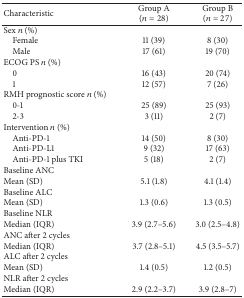
<table><thead><tr><td><b>Characteristic</b></td><td><b>Group A (<i>n</i> = 28)</b></td><td><b>Group B (<i>n</i> = 27)</b></td></tr></thead><tbody><tr><td>Sex <i>n</i> (%)</td><td> </td><td> </td></tr><tr><td> Female</td><td>11 (39)</td><td>8 (30)</td></tr><tr><td> Male</td><td>17 (61)</td><td>19 (70)</td></tr><tr><td>ECOG PS <i>n</i> (%)</td><td> </td><td> </td></tr><tr><td> 0</td><td>16 (43)</td><td>20 (74)</td></tr><tr><td> 1</td><td>12 (57)</td><td>7 (26)</td></tr><tr><td>RMH prognostic score <i>n</i> (%)</td><td> </td><td> </td></tr><tr><td> 0-1</td><td>25 (89)</td><td>25 (93)</td></tr><tr><td> 2-3</td><td>3 (11)</td><td>2 (7)</td></tr><tr><td>Intervention <i>n</i> (%)</td><td> </td><td> </td></tr><tr><td> Anti-PD-1</td><td>14 (50)</td><td>8 (30)</td></tr><tr><td> Anti-PD-L1</td><td>9 (32)</td><td>17 (63)</td></tr><tr><td> Anti-PD-1 plus TKI</td><td>5 (18)</td><td>2 (7)</td></tr><tr><td>Baseline ANC</td><td> </td><td> </td></tr><tr><td>Mean (SD)</td><td>5.1 (1.8)</td><td>4.1 (1.4)</td></tr><tr><td>Baseline ALC</td><td> </td><td> </td></tr><tr><td>Mean (SD)</td><td>1.3 (0.6)</td><td>1.3 (0.5)</td></tr><tr><td>Baseline NLR</td><td> </td><td> </td></tr><tr><td>Median (IQR)</td><td>3.9 (2.7–5.6)</td><td>3.0 (2.5–4.8)</td></tr><tr><td>ANC after 2 cycles</td><td> </td><td> </td></tr><tr><td>Median (IQR)</td><td>3.7 (2.8–5.1)</td><td>4.5 (3.5–5.7)</td></tr><tr><td>ALC after 2 cycles</td><td> </td><td> </td></tr><tr><td>Mean (SD)</td><td>1.4 (0.5)</td><td>1.2 (0.5)</td></tr><tr><td>NLR after 2 cycles</td><td> </td><td> </td></tr><tr><td>Median (IQR)</td><td>2.9 (2.2–3.7)</td><td>3.9 (2.8–7)</td></tr></tbody></table>